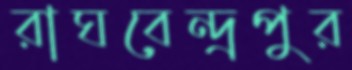
রাঘবেন্দ্রপুর